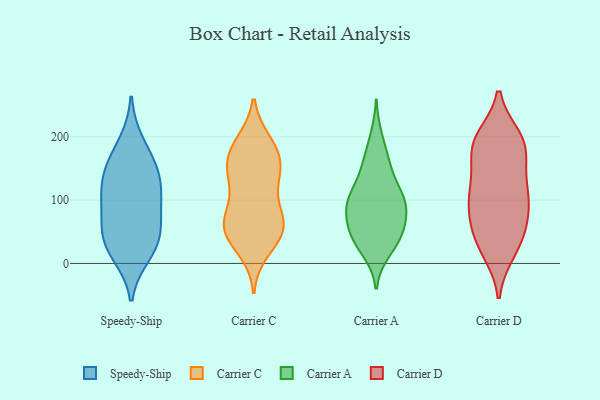
{"axis": {"x": "Energy Usage (MWh)", "y": "Value"}, "legend": ["Carrier A", "Carrier C", "Carrier D", "Speedy-Ship"], "data": [{"x": "", "y": 143, "type": "Speedy-Ship"}, {"x": "", "y": 61, "type": "Speedy-Ship"}, {"x": "", "y": 15, "type": "Speedy-Ship"}, {"x": "", "y": 25, "type": "Speedy-Ship"}, {"x": "", "y": 190, "type": "Speedy-Ship"}, {"x": "", "y": 105, "type": "Speedy-Ship"}, {"x": "", "y": 38, "type": "Speedy-Ship"}, {"x": "", "y": 104, "type": "Speedy-Ship"}, {"x": "", "y": 149, "type": "Speedy-Ship"}, {"x": "", "y": 152, "type": "Speedy-Ship"}, {"x": "", "y": 47, "type": "Speedy-Ship"}, {"x": "", "y": 98, "type": "Speedy-Ship"}, {"x": "", "y": 53, "type": "Carrier C"}, {"x": "", "y": 191, "type": "Carrier C"}, {"x": "", "y": 21, "type": "Carrier C"}, {"x": "", "y": 68, "type": "Carrier C"}, {"x": "", "y": 55, "type": "Carrier C"}, {"x": "", "y": 155, "type": "Carrier C"}, {"x": "", "y": 43, "type": "Carrier C"}, {"x": "", "y": 69, "type": "Carrier C"}, {"x": "", "y": 62, "type": "Carrier C"}, {"x": "", "y": 147, "type": "Carrier C"}, {"x": "", "y": 181, "type": "Carrier C"}, {"x": "", "y": 45, "type": "Carrier C"}, {"x": "", "y": 137, "type": "Carrier C"}, {"x": "", "y": 169, "type": "Carrier C"}, {"x": "", "y": 142, "type": "Carrier C"}, {"x": "", "y": 89, "type": "Carrier C"}, {"x": "", "y": 188, "type": "Carrier C"}, {"x": "", "y": 117, "type": "Carrier C"}, {"x": "", "y": 115, "type": "Carrier A"}, {"x": "", "y": 116, "type": "Carrier A"}, {"x": "", "y": 95, "type": "Carrier A"}, {"x": "", "y": 46, "type": "Carrier A"}, {"x": "", "y": 100, "type": "Carrier A"}, {"x": "", "y": 19, "type": "Carrier A"}, {"x": "", "y": 61, "type": "Carrier A"}, {"x": "", "y": 77, "type": "Carrier A"}, {"x": "", "y": 200, "type": "Carrier A"}, {"x": "", "y": 162, "type": "Carrier A"}, {"x": "", "y": 145, "type": "Carrier A"}, {"x": "", "y": 27, "type": "Carrier A"}, {"x": "", "y": 92, "type": "Carrier A"}, {"x": "", "y": 54, "type": "Carrier A"}, {"x": "", "y": 42, "type": "Carrier A"}, {"x": "", "y": 92, "type": "Carrier A"}, {"x": "", "y": 42, "type": "Carrier A"}, {"x": "", "y": 163, "type": "Carrier A"}, {"x": "", "y": 93, "type": "Carrier A"}, {"x": "", "y": 116, "type": "Carrier D"}, {"x": "", "y": 29, "type": "Carrier D"}, {"x": "", "y": 95, "type": "Carrier D"}, {"x": "", "y": 180, "type": "Carrier D"}, {"x": "", "y": 90, "type": "Carrier D"}, {"x": "", "y": 198, "type": "Carrier D"}, {"x": "", "y": 189, "type": "Carrier D"}, {"x": "", "y": 109, "type": "Carrier D"}, {"x": "", "y": 197, "type": "Carrier D"}, {"x": "", "y": 184, "type": "Carrier D"}, {"x": "", "y": 58, "type": "Carrier D"}, {"x": "", "y": 105, "type": "Carrier D"}, {"x": "", "y": 25, "type": "Carrier D"}, {"x": "", "y": 61, "type": "Carrier D"}, {"x": "", "y": 152, "type": "Carrier D"}, {"x": "", "y": 57, "type": "Carrier D"}, {"x": "", "y": 126, "type": "Carrier D"}, {"x": "", "y": 19, "type": "Carrier D"}, {"x": "", "y": 188, "type": "Carrier D"}]}